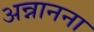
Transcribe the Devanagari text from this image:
अन्नानना